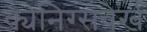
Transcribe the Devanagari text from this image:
क्येनिग्सवेर्ख